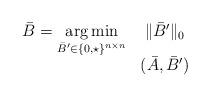
LaTeX: \begin{align*}\begin{array}{cc}\bar B= \underset{\bar B' \in \{0,\star\}^{n\times n}}{\arg \min} & \| \bar B ' \|_0 \\ &(\bar A,\bar B') \end{array}\end{align*}